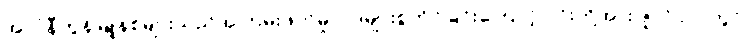
အလံနီကွန်မြူနစ်များသည်အကြမ်းဖက်မှု ဝါဒများစွဲကိုင်ခြင်းကြောင့် ၎င်းတို့အား ဇူလိုင်လတွင်